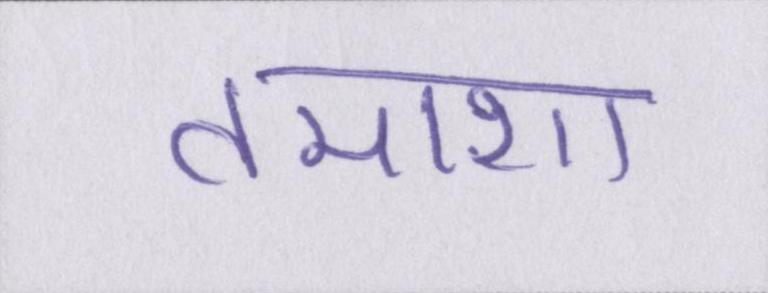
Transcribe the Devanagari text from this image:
तमाशा